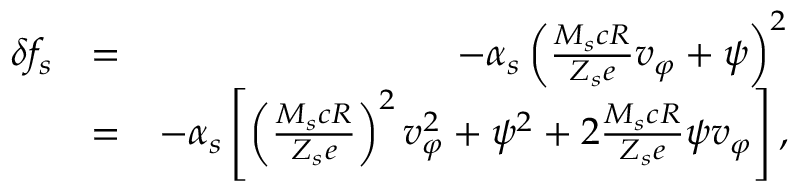
\begin{array} { r l r } { \delta f _ { s } } & { = } & { - \alpha _ { s } \left( \frac { M _ { s } c R } { Z _ { s } e } v _ { \varphi } + \psi \right) ^ { 2 } } \\ & { = } & { - \alpha _ { s } \left[ \left( \frac { M _ { s } c R } { Z _ { s } e } \right) ^ { 2 } v _ { \varphi } ^ { 2 } + \psi ^ { 2 } + 2 \frac { M _ { s } c R } { Z _ { s } e } \psi v _ { \varphi } \right] , } \end{array}